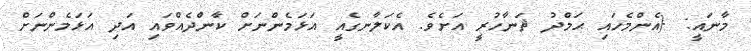
މާނައީ: {އެންމެހައި ޙަމްދު ޘަނާހުރީ އަށެވެ. އެކަލާނގެއީ އަޅަމެންނަށް ކާންދެއްވައި އަދި އަޅަމެންނަށް